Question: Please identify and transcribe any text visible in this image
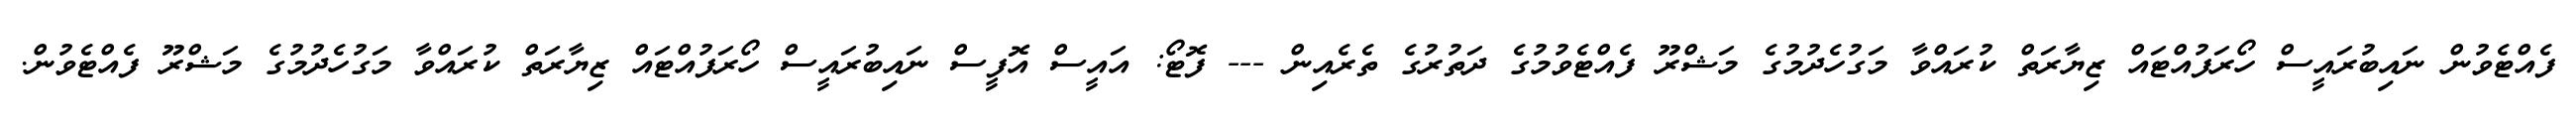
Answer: ފެއްޓެވުން ނައިބުރައީސް ހޯރަފުއްޓައް ޒިޔާރަތް ކުރައްވާ މަގުހެދުމުގެ މަޝްރޫ ފެއްޓެވުމުގެ ދަތުރުގެ ތެރެއިން --- ފޮޓޯ: އައީސް އޮފީސް ނައިބުރައީސް ހޯރަފުއްޓައް ޒިޔާރަތް ކުރައްވާ މަގުހެދުމުގެ މަޝްރޫ ފެއްޓެވުން.